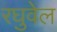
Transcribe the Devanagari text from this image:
रघुवेल